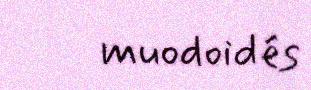
muodoidés